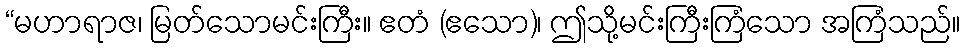
“မဟာရာဇ၊ မြတ်သောမင်းကြီး။ ဧတံ (ဧသော)၊ ဤသို့မင်းကြီးကြံသော အကြံသည်။